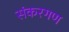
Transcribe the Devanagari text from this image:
संकरगण